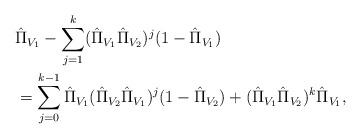
LaTeX: \begin{align*}&\hat{\Pi}_{V_1}-\sum_{j=1}^k(\hat{\Pi}_{V_1}\hat{\Pi}_{V_2})^j(1-\hat{\Pi}_{V_1})\\&=\sum_{j=0}^{k-1}\hat{\Pi}_{V_1}(\hat{\Pi}_{V_2}\hat{\Pi}_{V_1})^j(1-\hat{\Pi}_{V_2})+(\hat{\Pi}_{V_1}\hat{\Pi}_{V_2})^k\hat{\Pi}_{V_1},\end{align*}